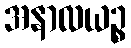
အနာလယဉ္စ